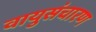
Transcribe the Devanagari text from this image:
वायुसंचारण